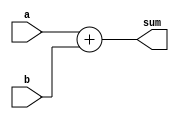
`timescale 1ns/1ps

module adder4(a,b,sum);

input [3:0] a,b;
output [3:0] sum;
wire [3:0] sum;

assign sum = a + b;

endmodule